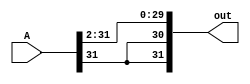
module sra2(out, A);
    input [31:0] A;
    output [31:0] out; 

    assign out[31:30] = {A[31], A[31]};
    assign out[29:0] = A[31:2];

endmodule